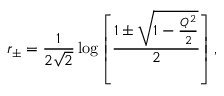
r _ { \pm } = { \frac { 1 } { 2 \sqrt 2 } } \log \left[ { \frac { 1 \pm \sqrt { 1 - { \frac { Q ^ { 2 } } { 2 } } } } { 2 } } \right] ,